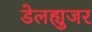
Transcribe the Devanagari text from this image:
डेलह्युजर